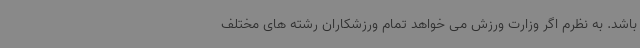
باشد. به نظرم اگر وزارت ورزش می خواهد تمام ورزشکاران رشته های مختلف